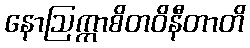
နောဩက္ကာစိတဝိနီတာတိ